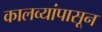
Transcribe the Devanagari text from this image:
कालव्यांपासून